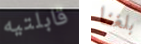
قابلتيه بلغنا